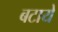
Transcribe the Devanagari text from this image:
बटाये